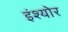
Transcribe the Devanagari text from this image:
इंश्योर